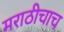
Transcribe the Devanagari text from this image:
मराठीचाच